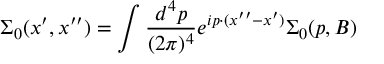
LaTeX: \Sigma _ { 0 } ( x ^ { \prime } , x ^ { \prime \prime } ) = \int { \frac { d ^ { 4 } p } { ( 2 \pi ) ^ { 4 } } } e ^ { i p \cdot ( x ^ { \prime \prime } - x ^ { \prime } ) } \Sigma _ { 0 } ( p , B )